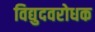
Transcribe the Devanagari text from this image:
विद्युदवरोधक